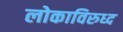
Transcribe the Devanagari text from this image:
लोकाविरुध्द